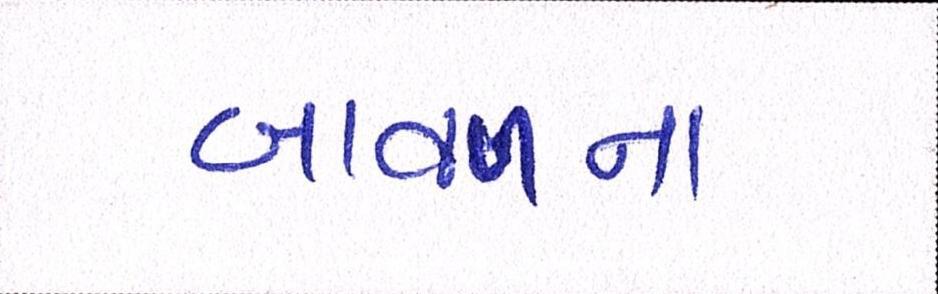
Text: બાવળના